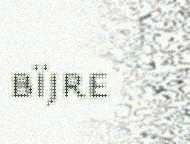
bïjre